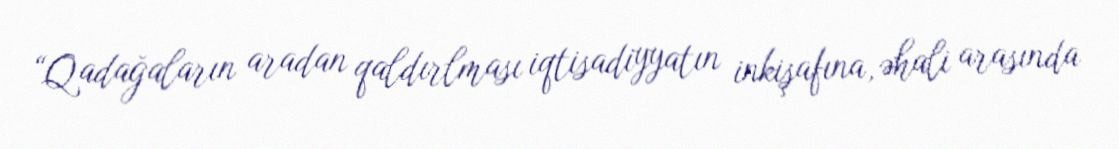
“Qadağaların aradan qaldırlması iqtisadiyyatın inkişafına, əhali arasında